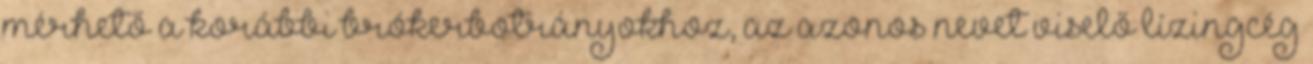
mérhető a korábbi brókerbotrányokhoz, az azonos nevet viselő lízingcég